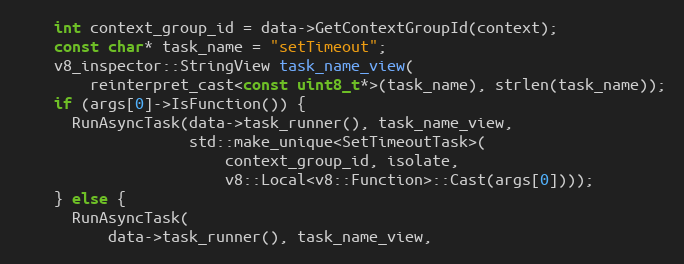
Language: C
    int context_group_id = data->GetContextGroupId(context);
    const char* task_name = "setTimeout";
    v8_inspector::StringView task_name_view(
        reinterpret_cast<const uint8_t*>(task_name), strlen(task_name));
    if (args[0]->IsFunction()) {
      RunAsyncTask(data->task_runner(), task_name_view,
                   std::make_unique<SetTimeoutTask>(
                       context_group_id, isolate,
                       v8::Local<v8::Function>::Cast(args[0])));
    } else {
      RunAsyncTask(
          data->task_runner(), task_name_view,